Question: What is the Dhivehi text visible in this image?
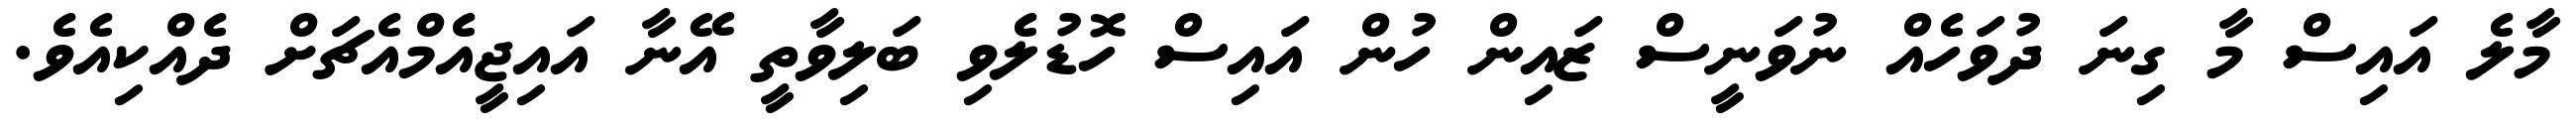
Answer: މާލެ އައިސް މާ ގިނަ ދުވަހެއް ނުވަނީސް ޒައިން ހުން އައިސް ހޮޑުލެވި ބަލިވާތީ އޭނާ އައިޖީއެމްއެޗަށް ދެއްކިއެވެ.